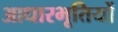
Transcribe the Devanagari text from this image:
आधारभूतियों